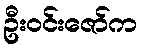
ဦးဝင်းဇော်က